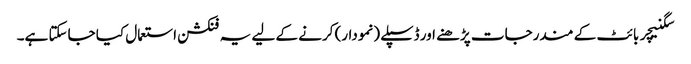
سگنیچر بائٹ کے مندرجات پڑھنے اور ڈسپلے (نمودار) کرنے کے لیے یہ فنکشن استعمال کیا جاسکتا ہے۔